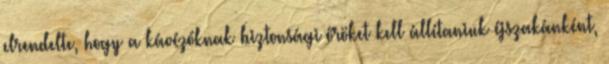
elrendelte, hogy a kávézóknak biztonsági őröket kell állítaniuk éjszakánként,